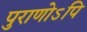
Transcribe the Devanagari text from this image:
पुराणोऽपि